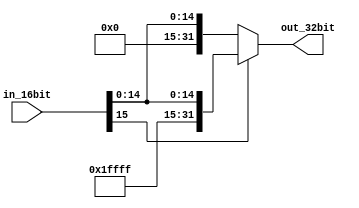
module sign_extender(
    input [15:0] in_16bit,
    output reg signed [31:0] out_32bit
);

always @(*) begin
    if (in_16bit[15] == 1) begin
        out_32bit = {{16{in_16bit[15]}}, in_16bit};
    end
    else begin
        out_32bit = {16'b0, in_16bit};
    end
end

endmodule

module sign_extender_tb;

reg [15:0] in_16bit;
wire [31:0] out_32bit;

sign_extender DUT(
    .in_16bit(in_16bit),
    .out_32bit(out_32bit)
);

initial begin
    $display("Testing sign extender...");

    // Test positive number
    in_16bit = 16'b0000_0000_0000_1111;
    #10 $display("Input: %b, Output: %b", in_16bit, out_32bit);

    // Test negative number
    in_16bit = 16'b1111_1111_1111_0000;
    #10 $display("Input: %b, Output: %b", in_16bit, out_32bit);

    // Test zero
    in_16bit = 16'b0000_0000_0000_0000;
    #10 $display("Input: %b, Output: %b", in_16bit, out_32bit);

    // Test maximum positive value
    in_16bit = 16'b0111_1111_1111_1111;
    #10 $display("Input: %b, Output: %b", in_16bit, out_32bit);

    // Test maximum negative value
    in_16bit = 16'b1000_0000_0000_0000;
    #10 $display("Input: %b, Output: %b", in_16bit, out_32bit);

    $finish;
end

endmodule